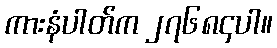
ကားနံပါတ်က ၂၇၆၈၄ပါ။